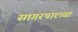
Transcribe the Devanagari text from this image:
सागरपारच्या